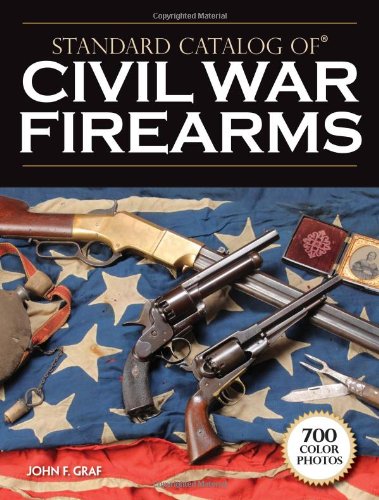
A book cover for Standard Catalog of Civil War Firearms; John F. Graf; History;